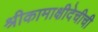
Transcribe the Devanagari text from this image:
श्रीकामाक्षीदेचीची